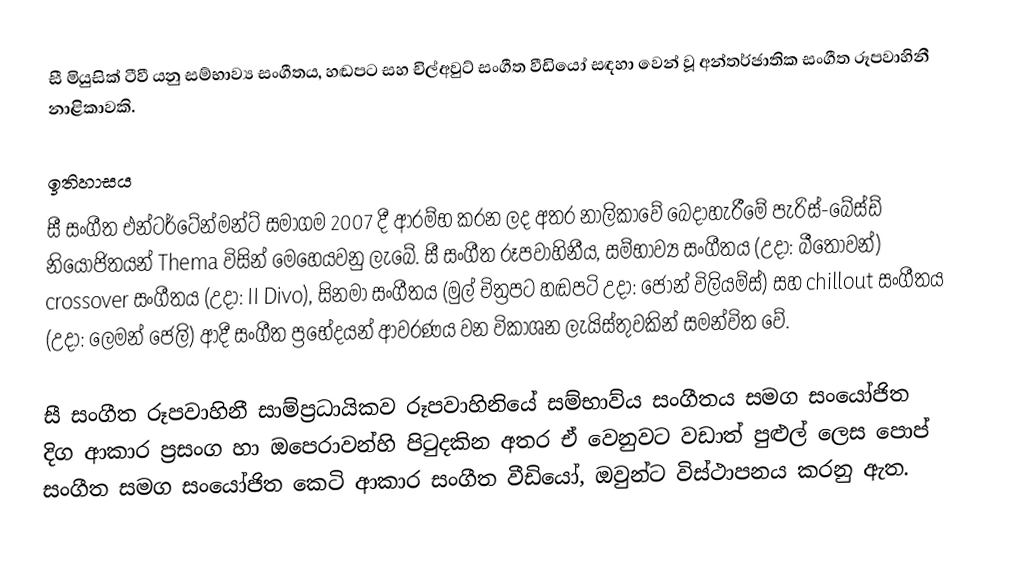
සී මියුසික් ටීවී යනු සම්භාව්‍ය සංගීතය, හඬපට සහ චිල්අවුට් සංගීත වීඩියෝ සඳහා වෙන් වූ අන්තර්ජාතික සංගීත රූපවාහිනී නාළිකාවකි.

ඉතිහාසය
සී සංගීත එන්ටර්ටේන්මන්ට් සමාගම 2007 දී ආරම්භ කරන ලද අතර නාලිකාවේ බෙදාහැරීමේ පැරිස්-බේස්ඩ් නියෝජිතයන් Thema විසින් මෙහෙයවනු ලැබේ. සී සංගීත රූපවාහිනීය, සම්භාව්‍ය සංගීතය (උදා: බීතෝවන්) crossover සංගීතය (උදා: II Divo), සිනමා සංගීතය (මුල් චිත්‍රපට හඬපටි උදා: ජෝන් විලියම්ස්) සහ chillout සංගීතය (උදා: ලෙමන් ජෙලි) ආදී සංගීත ප්‍රභේදයන් ආවරණය වන විකාශන ලැයිස්තුවකින් සමන්විත වේ.

සී සංගීත රූපවාහිනී සාම්ප්‍රධායිකව රූපවාහිනියේ සම්භාව්ය සංගීතය සමග සංයෝජිත දිග ආකාර ප්‍රසංග හා ඔපෙරාවන්හි පිටුදකින අතර ඒ වෙනුවට වඩාත් පුළුල් ලෙස පොප් සංගීත සමග සංයෝජිත කෙටි ආකාර සංගීත වීඩියෝ, ඔවුන්ට විස්ථාපනය කරනු ඇත.